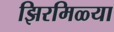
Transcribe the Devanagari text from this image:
झिरमिळ्या